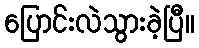
ပြောင်းလဲသွားခဲ့ပြီ။